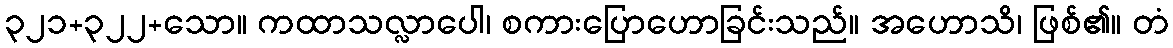
၃၂၁+၃၂၂+သော။ ကထာသလ္လာပေါ၊ စကားပြောဟောခြင်းသည်။ အဟောသိ၊ ဖြစ်၏။ တံ